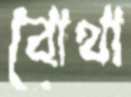
বোথা